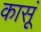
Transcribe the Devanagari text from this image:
कासूं